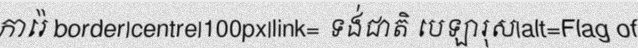
ការ៉េ border|centre|100px|link= ទង់ជាតិ បេឡារុស|alt=Flag of